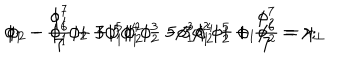
\phi _ { 1 } - \frac { \phi _ { 1 } ^ { 7 } } { 7 } + 3 \phi _ { 1 } ^ { 5 } \phi _ { 2 } ^ { 2 } - 5 \phi _ { 1 } ^ { 3 } \phi _ { 2 } ^ { 4 } + \phi _ { 1 } \phi _ { 2 } ^ { 6 } = \gamma ; \hspace { 0 . 4 c m } \phi _ { 2 } - \phi _ { 1 } ^ { 6 } \phi _ { 2 } + 5 \phi _ { 1 } ^ { 4 } \phi _ { 2 } ^ { 3 } - 3 \phi _ { 1 } ^ { 2 } \phi _ { 2 } ^ { 5 } + \frac { \phi _ { 2 } ^ { 7 } } { 7 } = \gamma _ { \perp }